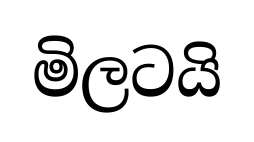
මිලටයි